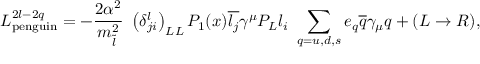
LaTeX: { \cal L } _ { \mathrm { p e n g u i n } } ^ { 2 l - 2 q } = - { \frac { 2 \alpha ^ { 2 } } { m _ { \tilde { l } } ^ { 2 } } } ~ \left( \delta _ { j i } ^ { l } \right) _ { L L } P _ { 1 } ( x ) \overline { { { l _ { j } } } } \gamma ^ { \mu } P _ { L } l _ { i } ~ \sum _ { q = u , d , s } e _ { q } \overline { { { q } } } \gamma _ { \mu } q + ( L \rightarrow R ) ,